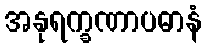
အနုရက္ခဏာပဓာနံ